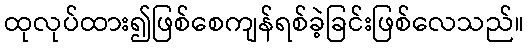
ထုလုပ်ထား၍ဖြစ်စေကျန်ရစ်ခဲ့ခြင်းဖြစ်လေသည်။